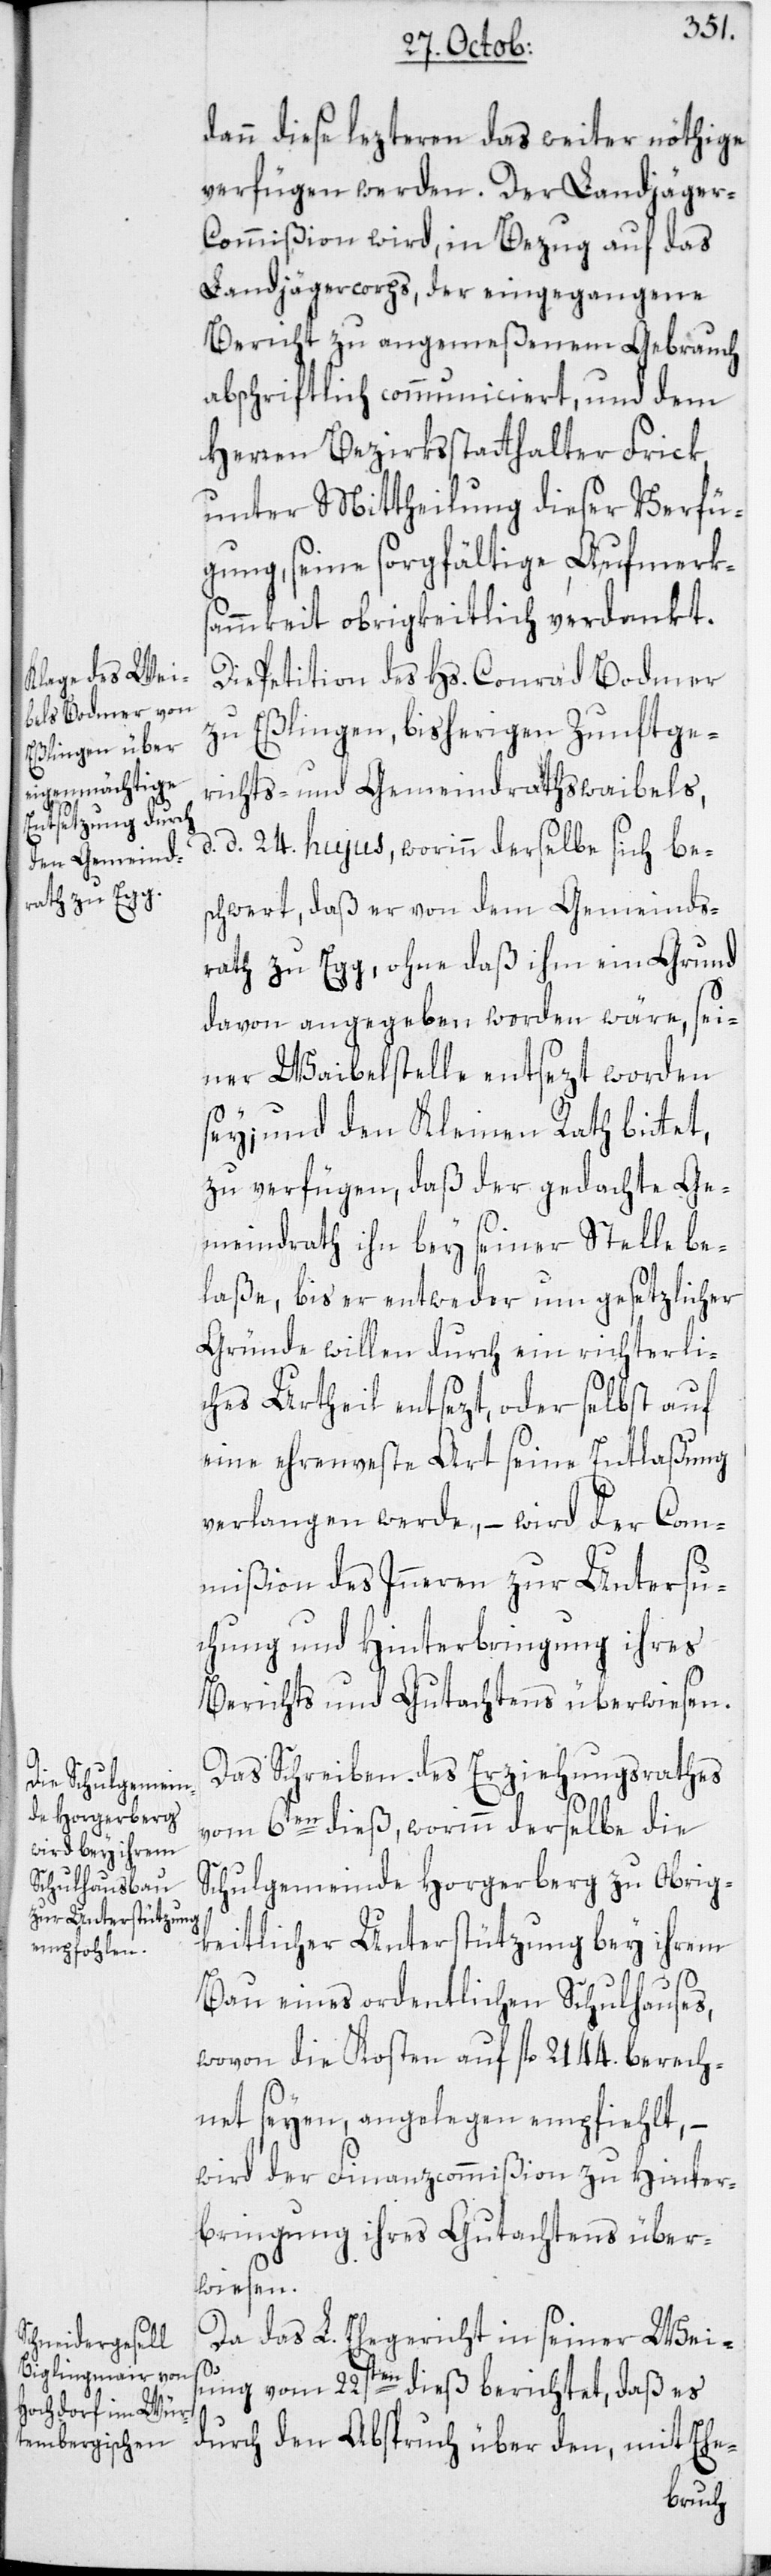
dann diese lezteren das weiter nöthige
verfügen werden. Der Landjäger-C¬
ommißion wird, in Bezug auf das
Landjägercorps, der eingegangene
Bericht zu angemeßenem Gebrauch
abschriftlich communiciert, und dem
Herren Bezirksstatthalter Frick,
unter Mittheilung dieser Verfü¬
gung, seine sorgfältige Aufmerks¬
ammkeit obrigkeitlich verdankt.
Die Petition des Hs. Conrad Bodmer
zu Eßlingen, bisherigen Zunftge¬
richts- und Gemeindrathswaibels,
d. 24sten hujus, worinn derselbe sich bes¬
chwert, daß er von dem Gemeinds¬
rath zu Egg, ohne daß ihm ein Grund
davon angegeben worden wäre, sei¬
ner Waibelstelle entsezt worden
sey; und den Kleinen Rath bittet,
zu verfügen, daß der gedachte Ge¬
meindrath ihn bey seiner Stelle be¬
laße, bis er entweder um gesetzlicher
Gründe willen durch ein richterli¬
ches Urtheil entsezt, oder selbst auf
eine ehrenveste Art seine Entlaßung
verlangen werde, – wird der Com¬
mißion des Inneren zur Untersu¬
chung und Hinterbringung ihres
Berichts und Gutachtens überwiesen.
Das Schreiben des Erziehungsrathes
vom 6ten dieß, worinn derselbe die
Schulgemeinde Horgerberg zu Obrig¬
keitlicher Unterstützung bey ihrem
Bau eines ordentlichen Schulhauses,
wovon die Kosten auf fl. 2144. berech¬
net seyen, angelegen empfiehlt, –
wird der Finanzcommißion zu Hinter¬
bringung ihres Gutachtens über¬
wiesen.
Da das L. Ehegericht in seiner Weis¬
ung vom 22sten dieß berichtet, daß es
durch den Abspruch über den, mit Ehe-